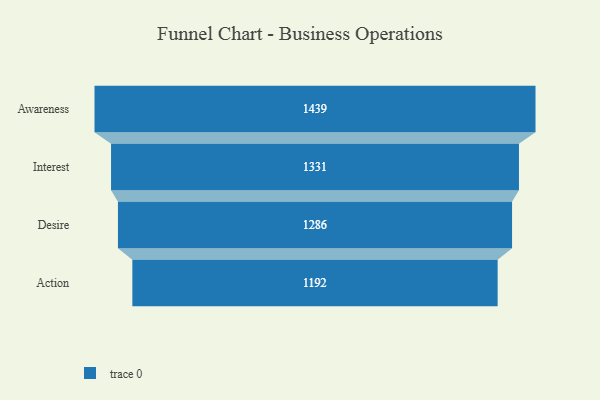
{"axis": {"x": "Stage", "y": "Value"}, "legend": [""], "data": [{"x": "Awareness", "y": 1439.0, "type": ""}, {"x": "Interest", "y": 1331.0, "type": ""}, {"x": "Desire", "y": 1286.0, "type": ""}, {"x": "Action", "y": 1192.0, "type": ""}]}